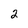
Character: 2